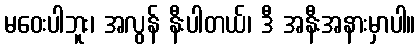
မဝေးပါဘူး၊ အလွန် နီးပါတယ်၊ ဒီ အနီးအနားမှာပါ။